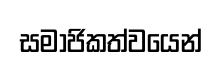
සමාජිකත්වයෙන්